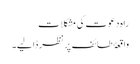
راہِ دعوت کی مشکلات
واقعۂ طائف پر نظر ڈالیے۔